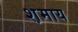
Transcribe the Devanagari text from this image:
श़माय